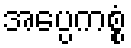
အပ္ပေကစ္စံ